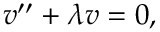
v ^ { \prime \prime } + \lambda v = 0 ,